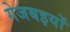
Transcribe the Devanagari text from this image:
गेजबइयों